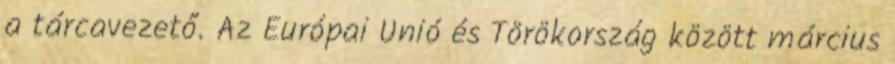
a tárcavezető. Az Európai Unió és Törökország között március